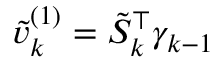
\tilde { v } _ { k } ^ { ( 1 ) } = \tilde { S } _ { k } ^ { \top } \gamma _ { k - 1 }